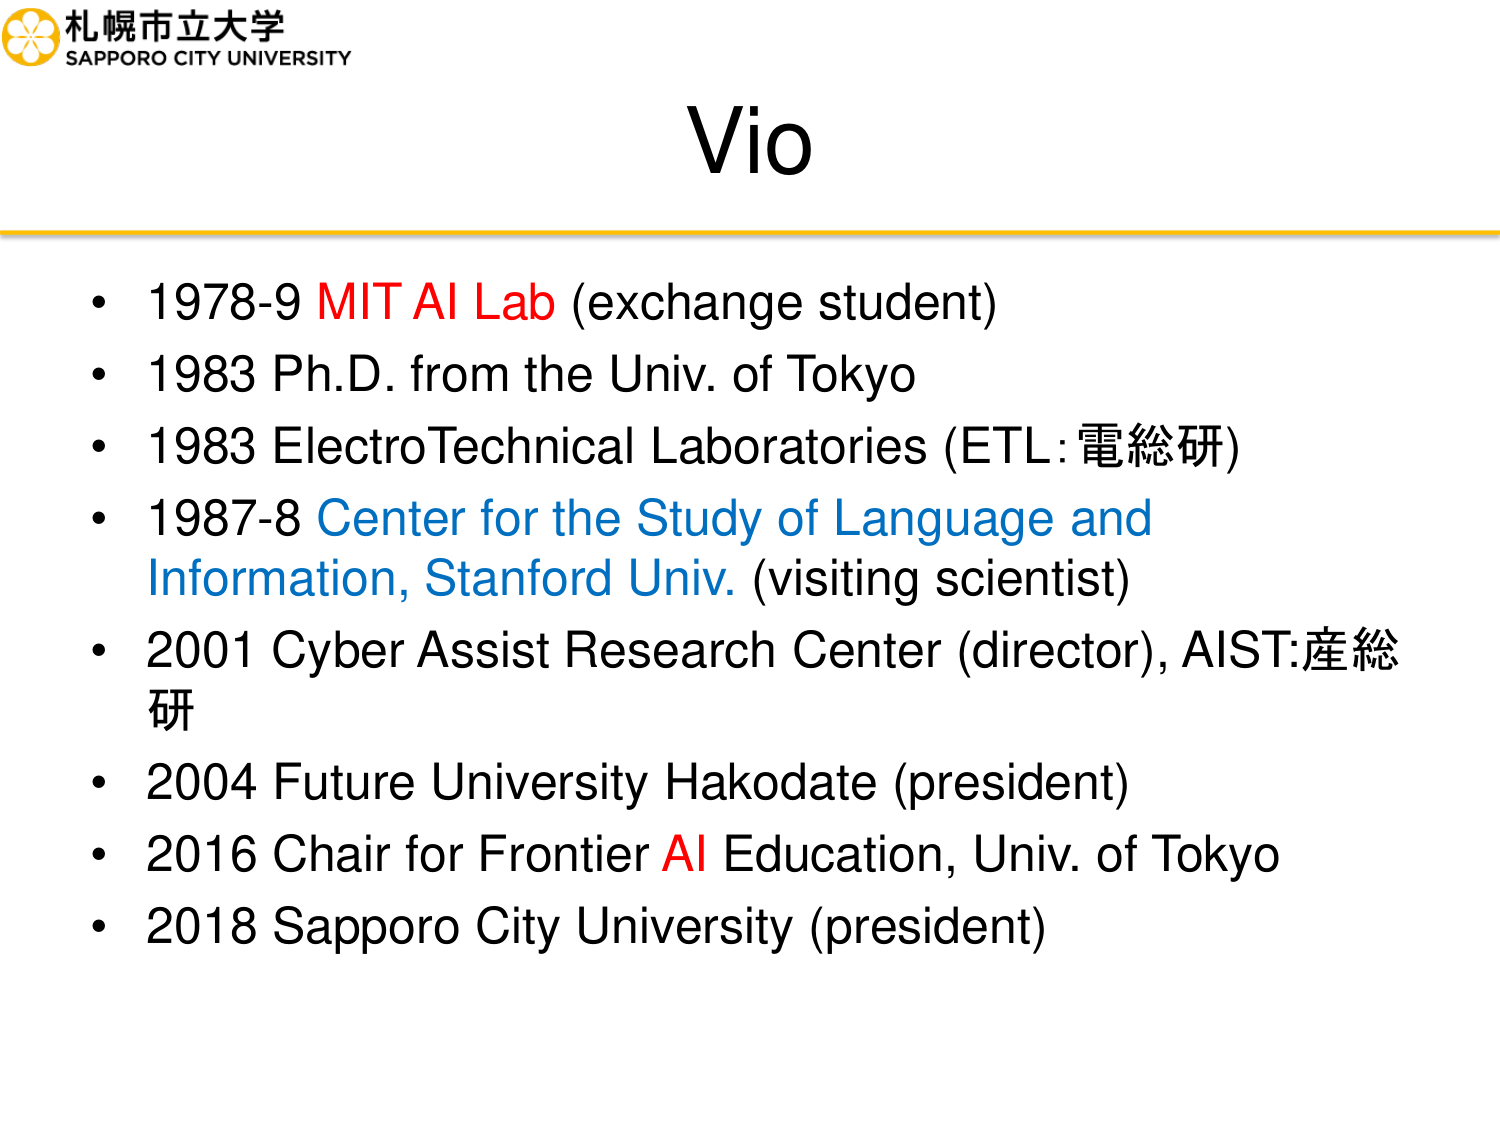
札幌市立大学
SAPPORO CITY UNIVERSITY

Vio

• 1978-9 MIT AI Lab (exchange student)
• 1983 Ph.D. from the Univ. of Tokyo
• 1983 ElectroTechnical Laboratories (ETL:電総研)
• 1987-8 Center for the Study of Language and Information, Stanford Univ. (visiting scientist)
• 2001 Cyber Assist Research Center (director), AIST:産総研
• 2004 Future University Hakodate (president)
• 2016 Chair for Frontier AI Education, Univ. of Tokyo
• 2018 Sapporo City University (president)